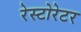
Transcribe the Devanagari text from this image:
रेस्टोरेटर